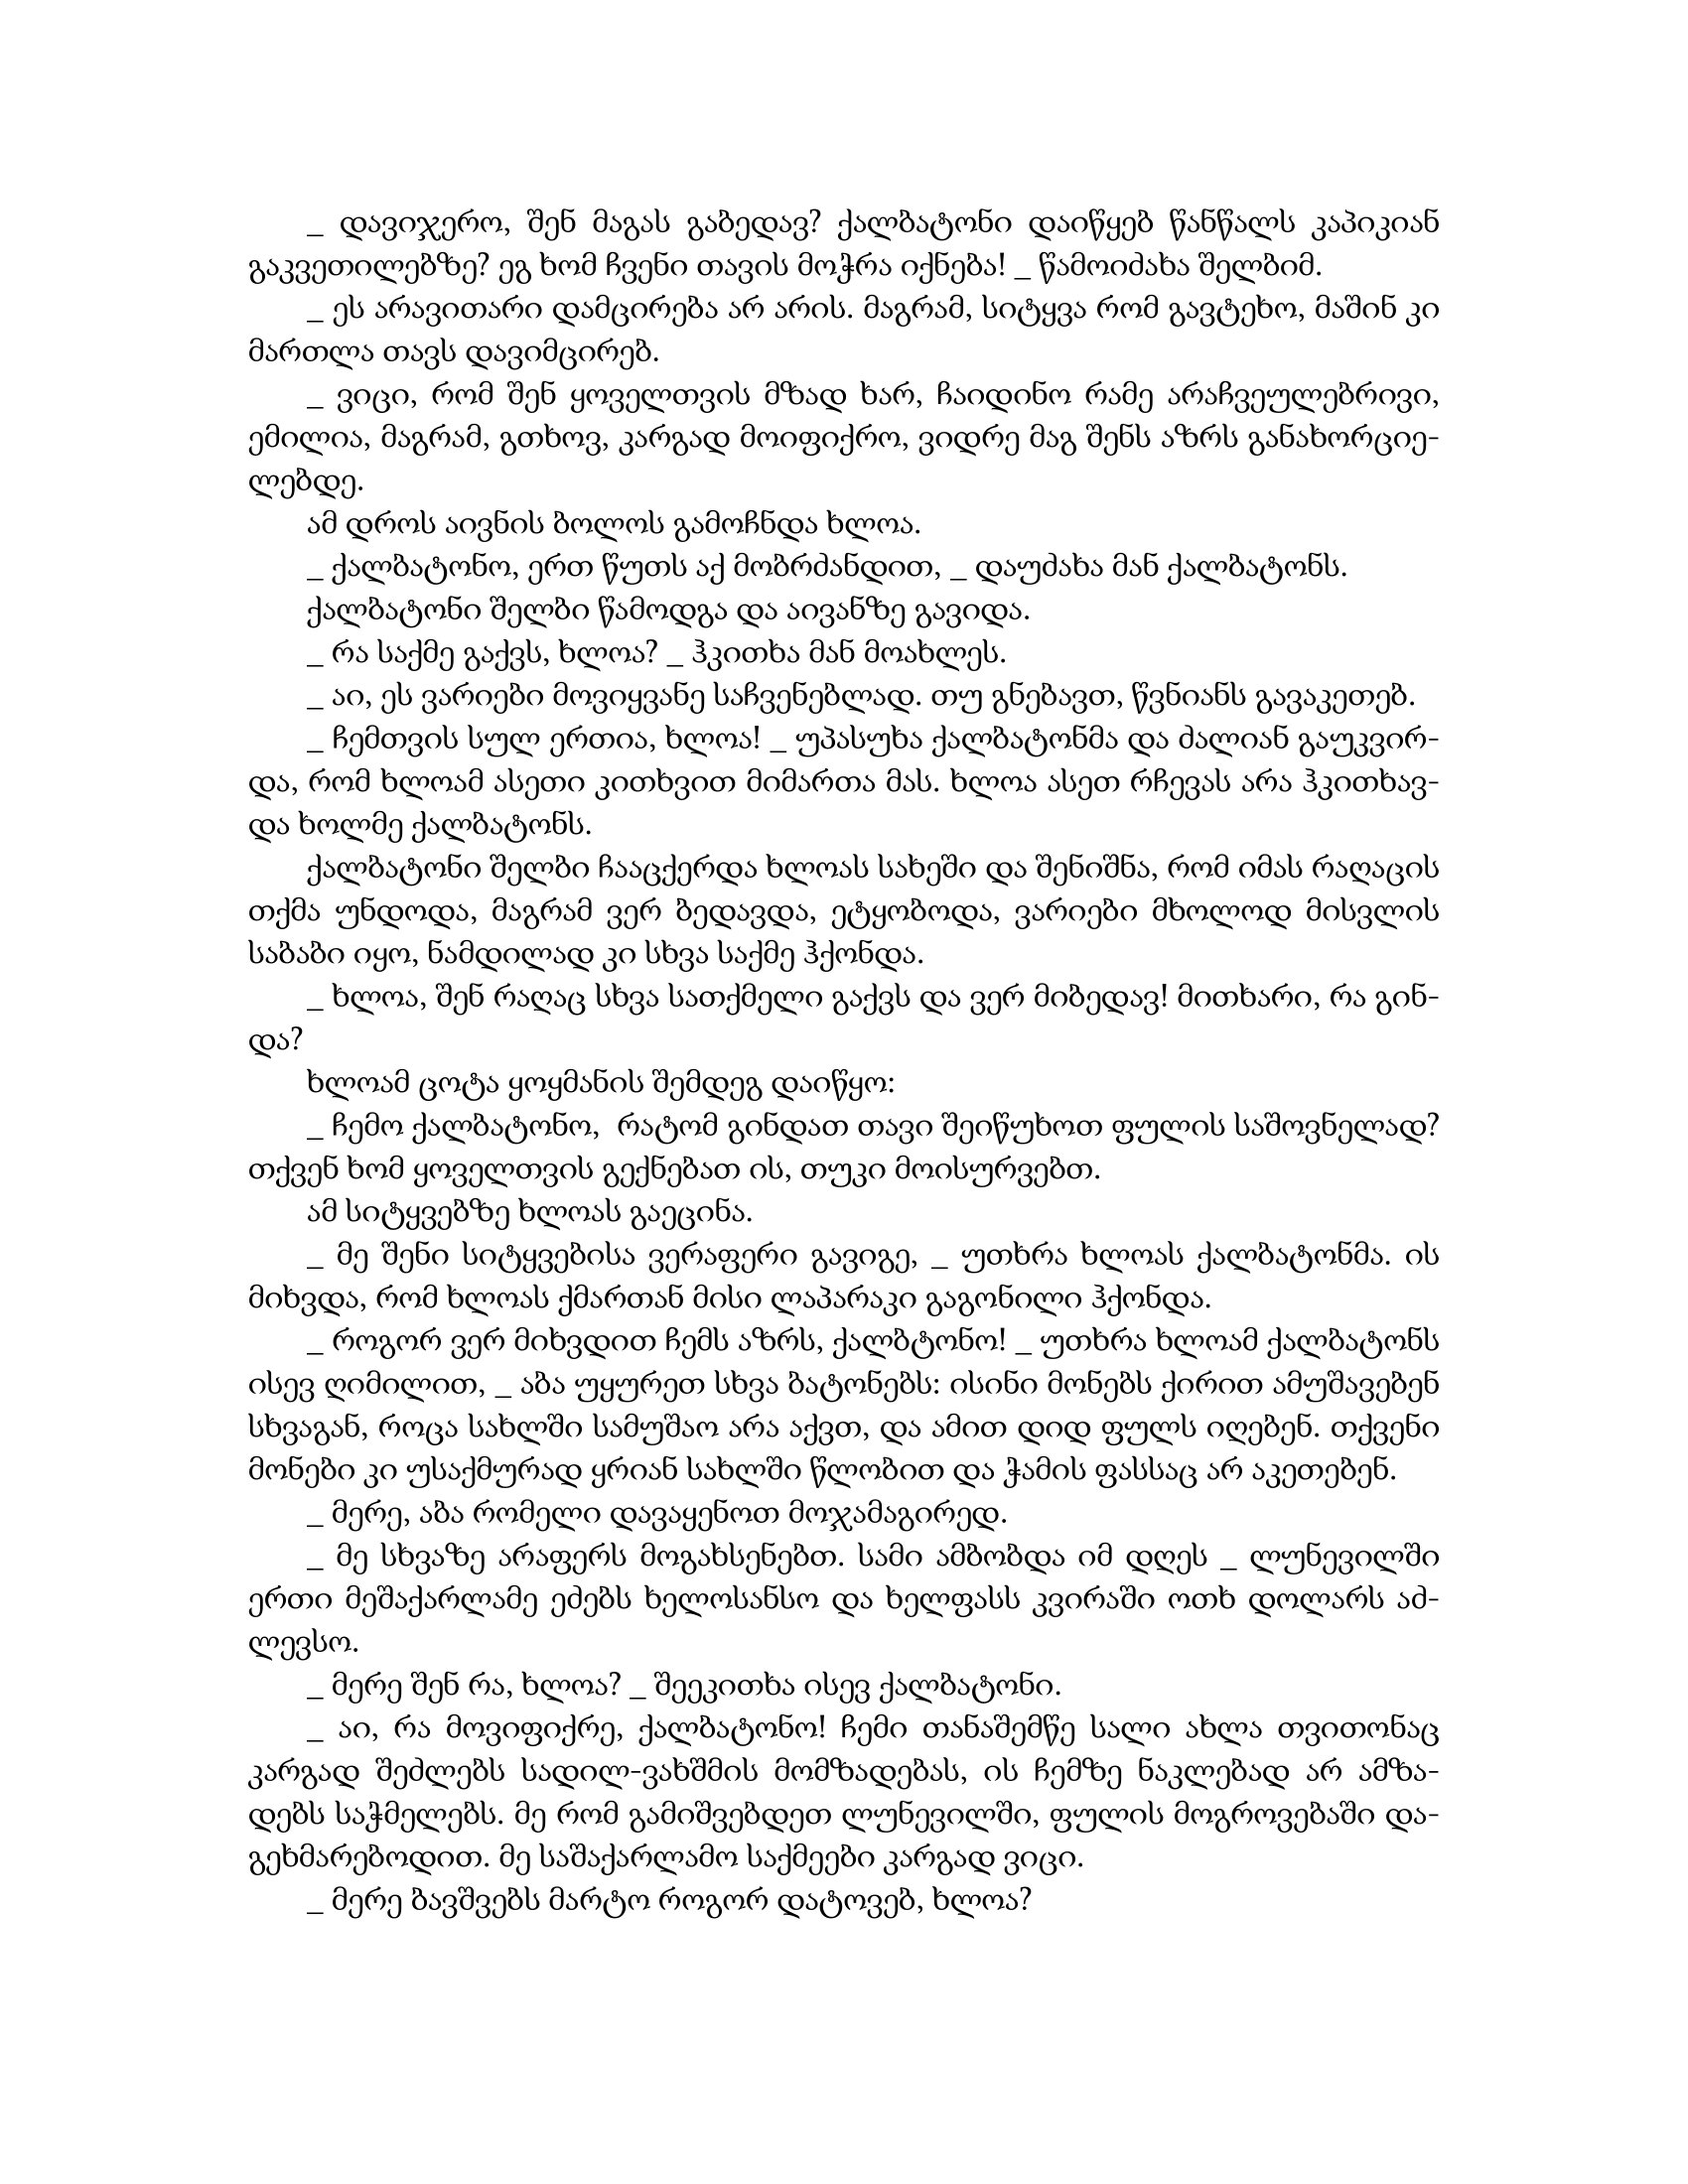
Language: gr